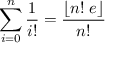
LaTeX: \sum _ { i = 0 } ^ { n } { \frac { 1 } { i ! } } = { \frac { \lfloor n ! \; e \rfloor } { n ! } }